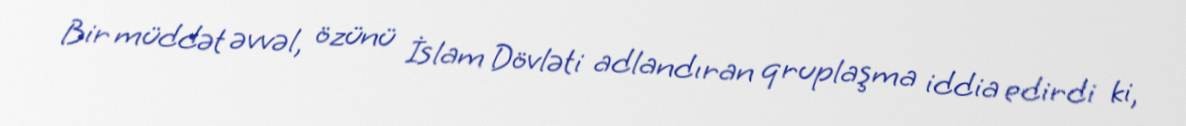
Bir müddət əvvəl, özünü İslam Dövləti adlandıran qruplaşma iddia edirdi ki,